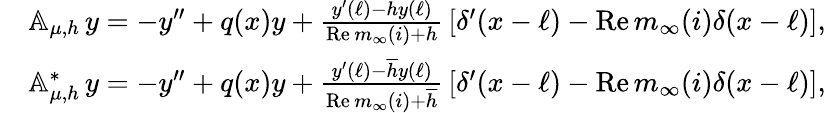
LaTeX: \begin{array}{rl}&{{\mathbb A}_{\mu,h}\, y=-y^{\prime\prime}+q(x)y+\frac{y^{\prime}(\ell)-hy(\ell)}{\mathrm{Re\, }m_{\infty}(i)+h}\, [\delta^{\prime}(x-\ell)-\mathrm{Re\, }m_{\infty}(i)\delta(x-\ell)],}\\ &{{\mathbb A}_{\mu,h}^{*}\, y=-y^{\prime\prime}+q(x)y+\frac{y^{\prime}(\ell)-\overline{h}y(\ell)}{\mathrm{Re\, }m_{\infty}(i)+\overline{h}}\, [\delta^{\prime}(x-\ell)-\mathrm{Re\, }m_{\infty}(i)\delta(x-\ell)],}\end{array}